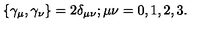
\left\{ \gamma _ { \mu } , \gamma _ { \nu } \right\} = 2 \delta _ { \mu \nu } ; \mu \nu = 0 , 1 , 2 , 3 .